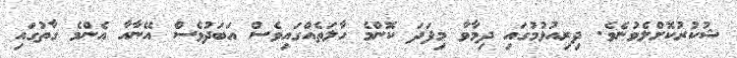
ޝުކުރުކޮށްލެވުނެވެ. ދިރިއުޅުމުގައި ދިމާވާ މިފަދަ ކޮންމެ ހާލަތެއްގައިވެސް އަބަދުވެސް އޭނާއާ އެންމެ ގާތުގައި